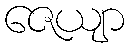
ဇေယျာ